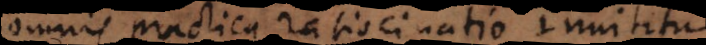
omnis practica ratiocinatio innititur.